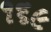
૧૬૯